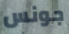
جونس